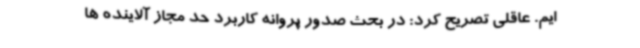
ایم. عاقلی تصریح کرد: در بحث صدور پروانه کاربرد حد مجاز آلاینده ها